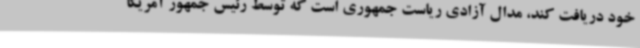
خود دریافت کند، مدال آزادی ریاست جمهوری است که توسط رئیس جمهور آمریکا